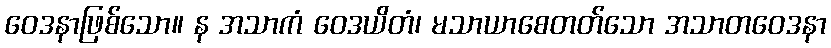
ဝေဒနာဖြစ်သော။ န အသာကံ ဝေဒယိတံ၊ မသာယာစေတတ်သော အသာတဝေဒနာ